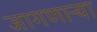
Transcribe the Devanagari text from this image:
जागणाऱ्या